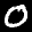
Label: 0